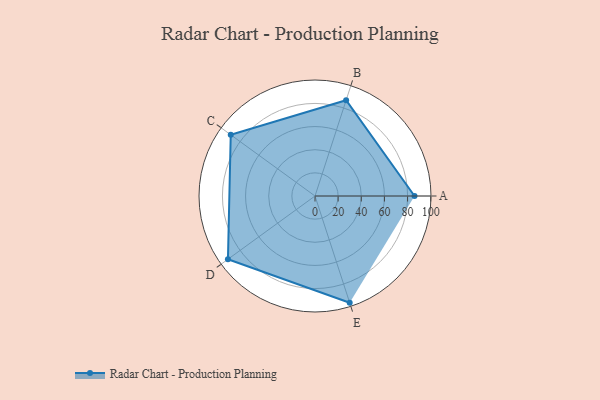
{"axis": {"x": "Skill", "y": "Score"}, "legend": ["Profile"], "data": [{"x": "A", "y": 86.0, "type": "Profile"}, {"x": "B", "y": 87.0, "type": "Profile"}, {"x": "C", "y": 90.0, "type": "Profile"}, {"x": "D", "y": 93.0, "type": "Profile"}, {"x": "E", "y": 97.0, "type": "Profile"}]}